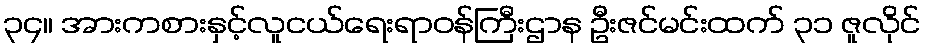
၃၄။ အားကစားနှင့်လူငယ်ရေးရာဝန်ကြီးဌာန ဦးဇင်မင်းထက် ၃၁ ဇူလိုင်